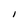
Character: b